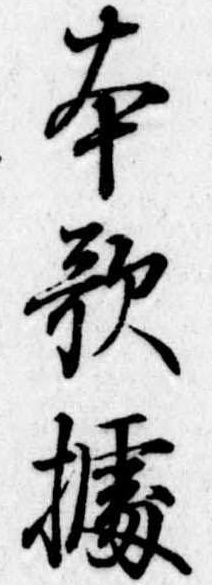
本歌拠